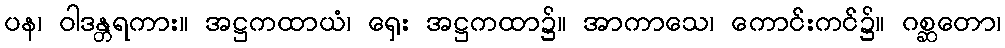
ပန၊ ဝါဒန္တရကား။ အဋ္ဌကထာယံ၊ ရှေး အဋ္ဌကထာ၌။ အာကာသေ၊ ကောင်းကင်၌။ ဂစ္ဆတော၊